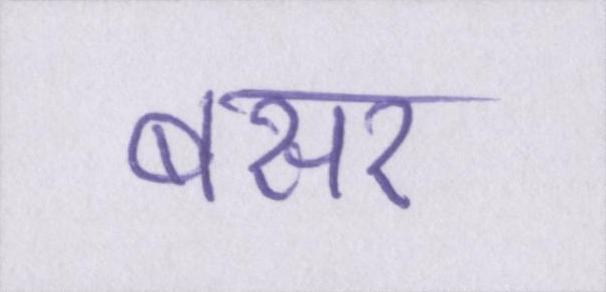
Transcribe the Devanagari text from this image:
बसर